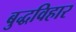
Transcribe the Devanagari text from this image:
बुद्धविहार